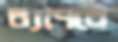
ব্যাপরে